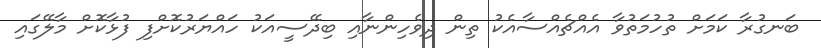
ބަނގުރާ ކަމަށް ތުހުމަތުވާ އެއްޗެއްސާއެކު ތިން ދިވެހިންނާއި ބިދޭސީއަކު ހައްޔަރުކޮށްފި ފުޅާކޮށް މާލޭގައި